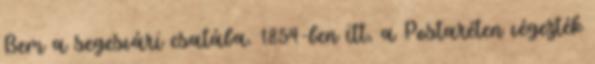
Bem a segesvári csatába. 1854-ben itt, a Postaréten végezték